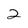
Character: 2